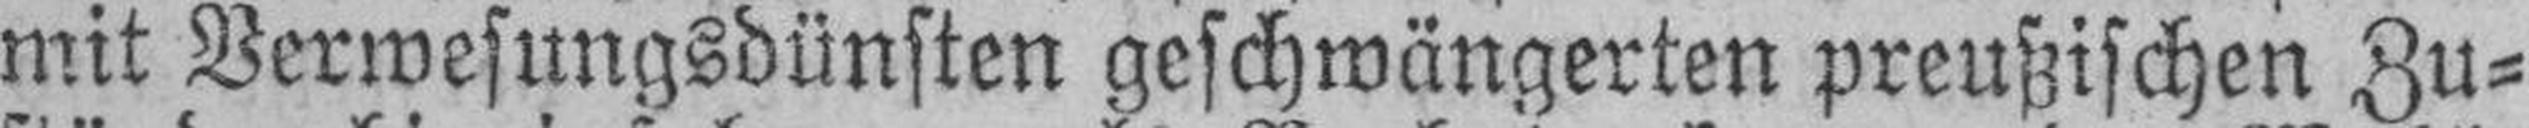
mit Verwesungsdünsten geschwängerten preußischen Zu¬